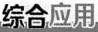
综合应用